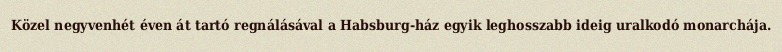
Közel negyvenhét éven át tartó regnálásával a Habsburg-ház egyik leghosszabb ideig uralkodó monarchája.